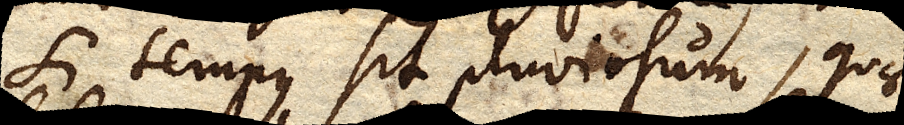
si tempus sit pluviosum, quae